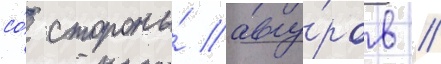
со́ стороны́ авгу́ров //